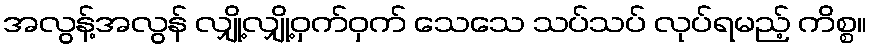
အလွန့်အလွန် လျှို့လျှို့ဝှက်ဝှက် သေသေ သပ်သပ် လုပ်ရမည့် ကိစ္စ။